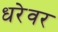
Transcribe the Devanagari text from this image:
धरेवर